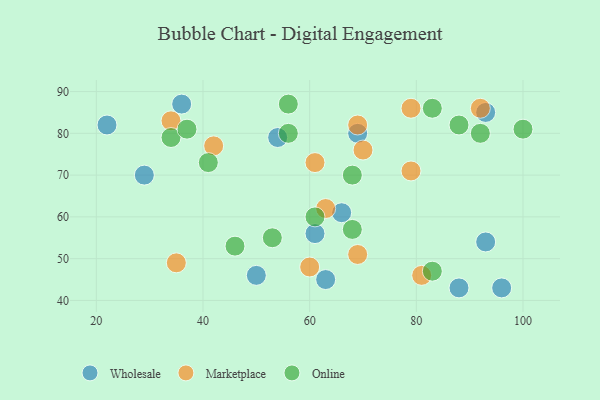
{"axis": {"x": "GDP", "y": "Life Expectancy"}, "legend": ["Marketplace", "Online", "Wholesale"], "data": [{"x": "88", "y": 43, "type": "Wholesale"}, {"x": "29", "y": 70, "type": "Wholesale"}, {"x": "54", "y": 79, "type": "Wholesale"}, {"x": "50", "y": 46, "type": "Wholesale"}, {"x": "61", "y": 56, "type": "Wholesale"}, {"x": "36", "y": 87, "type": "Wholesale"}, {"x": "93", "y": 54, "type": "Wholesale"}, {"x": "93", "y": 85, "type": "Wholesale"}, {"x": "69", "y": 80, "type": "Wholesale"}, {"x": "22", "y": 82, "type": "Wholesale"}, {"x": "96", "y": 43, "type": "Wholesale"}, {"x": "63", "y": 45, "type": "Wholesale"}, {"x": "66", "y": 61, "type": "Wholesale"}, {"x": "42", "y": 77, "type": "Marketplace"}, {"x": "35", "y": 49, "type": "Marketplace"}, {"x": "92", "y": 86, "type": "Marketplace"}, {"x": "79", "y": 86, "type": "Marketplace"}, {"x": "60", "y": 48, "type": "Marketplace"}, {"x": "81", "y": 46, "type": "Marketplace"}, {"x": "61", "y": 73, "type": "Marketplace"}, {"x": "70", "y": 76, "type": "Marketplace"}, {"x": "79", "y": 71, "type": "Marketplace"}, {"x": "69", "y": 51, "type": "Marketplace"}, {"x": "63", "y": 62, "type": "Marketplace"}, {"x": "69", "y": 82, "type": "Marketplace"}, {"x": "34", "y": 83, "type": "Marketplace"}, {"x": "83", "y": 47, "type": "Online"}, {"x": "41", "y": 73, "type": "Online"}, {"x": "34", "y": 79, "type": "Online"}, {"x": "61", "y": 60, "type": "Online"}, {"x": "56", "y": 87, "type": "Online"}, {"x": "83", "y": 86, "type": "Online"}, {"x": "53", "y": 55, "type": "Online"}, {"x": "37", "y": 81, "type": "Online"}, {"x": "100", "y": 81, "type": "Online"}, {"x": "88", "y": 82, "type": "Online"}, {"x": "46", "y": 53, "type": "Online"}, {"x": "56", "y": 80, "type": "Online"}, {"x": "68", "y": 57, "type": "Online"}, {"x": "92", "y": 80, "type": "Online"}, {"x": "68", "y": 70, "type": "Online"}]}